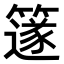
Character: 𥴦